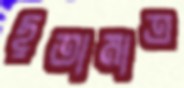
ছুতামাত্র